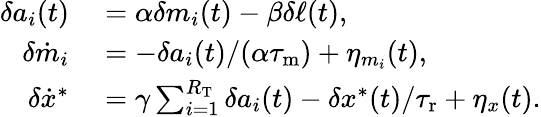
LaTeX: \begin{array}{rl}{\delta a_{i}(t)}&{{}=\alpha\delta m_{i}(t)-\beta\delta\ell(t),}\\ {\delta\dot{m}_{i}}&{{}=-\delta a_{i}(t)/(\alpha{\tau_{\mathrm{m}}})+\eta_{m_{i}}(t),}\\ {\delta\dot{x}^{\ast}}&{{}=\gamma\sum_{i=1}^{R_{\mathrm{T}}}\delta a_{i}(t)-\delta x^{\ast}(t)/{\tau_{\mathrm{r}}}+\eta_{x}(t).}\end{array}